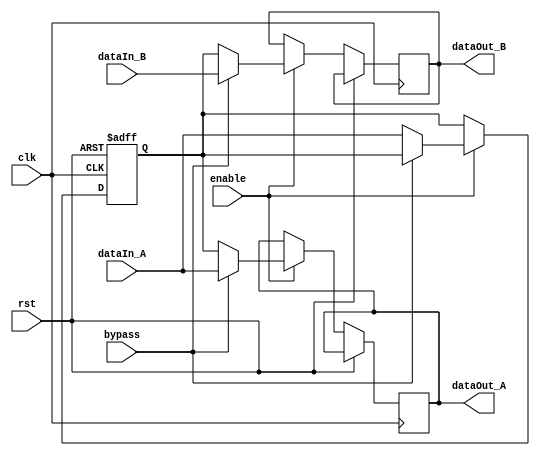
module TwoWayBypassRegister (
    input wire clk,
    input wire rst,
    input wire enable,
    input wire bypass,
    input wire [7:0] dataIn_A,
    input wire [7:0] dataIn_B,
    output reg [7:0] dataOut_A,
    output reg [7:0] dataOut_B
);

reg [7:0] buffer;

always @(posedge clk or posedge rst) begin
    if (rst) begin
        buffer <= 8'b0;
    end else if (enable) begin
        if (bypass) begin
            dataOut_A <= dataIn_A;
            dataOut_B <= dataIn_B;
        end else begin
            dataOut_A <= buffer;
            dataOut_B <= buffer;
            buffer <= dataIn_A;
        end
    end
end

endmodule